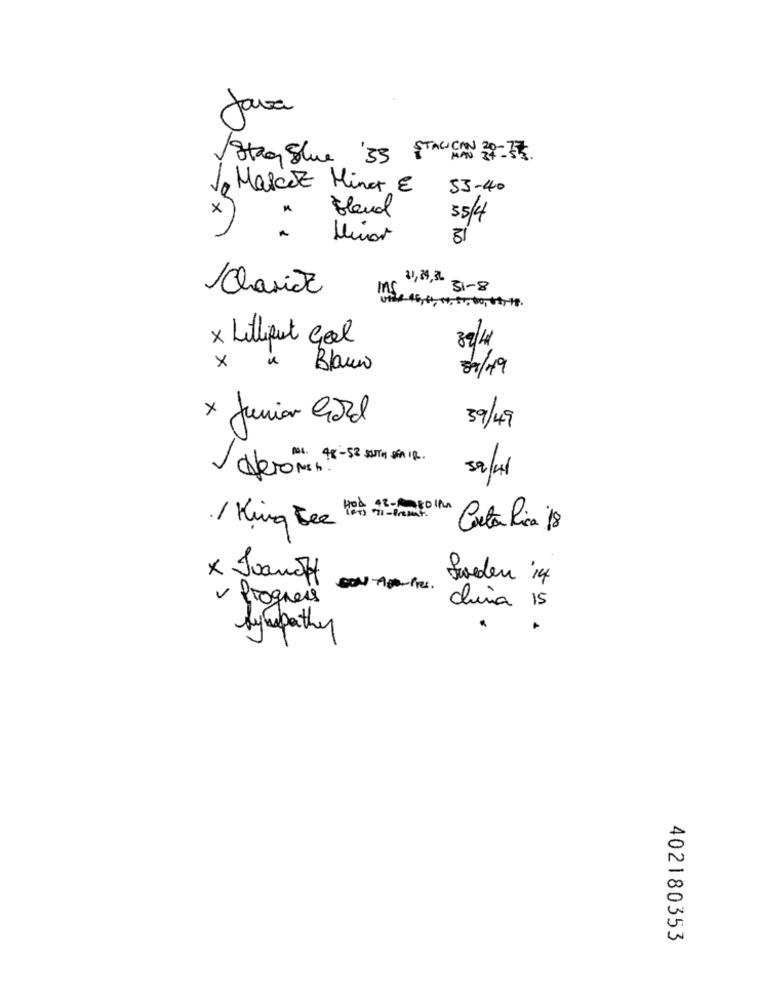
Java
18kan Blue '33 STALICAN 39- 5
Jo Mascot Minor €
53-40
×
bland
35/4
Minor
31
Clarice
31,34,36 31-8
ME. 16, 40, 00, 50, 00, 04, 19 .
× Littiput Gol
89/4
x
Blauw
07/19
x Junior Goal
39/49
AL . 48 - 58 SUTH SAIR .
39/4
/ King Bee ters 9- 101M
Costa Rica 18
x Juanof
Sweden 14
BON APPRE .
v Progress
china 15
Sympathy
402180353